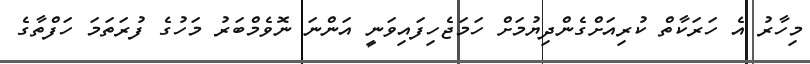
މިހާރު އެ ހަރަކާތް ކުރިއަށްގެންދިޔުމަށް ހަމަޖެހިފައިވަނީ އަންނަ ނޮވެމްބަރު މަހުގެ ފުރަތަމަ ހަފްތާގެ